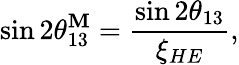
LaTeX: \sin2\theta_{13}^{\mathbf{M}}=\frac{{\sin2\theta_{13}}}{{\xi_{HE}}},